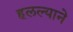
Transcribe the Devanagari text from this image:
हलल्याने